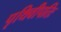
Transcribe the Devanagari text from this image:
पृथिवीपतिः